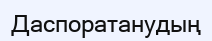
Даспоратанудың